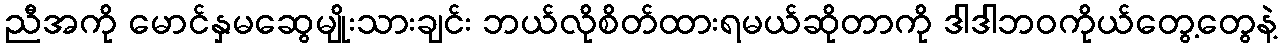
ညီအကို မောင်နှမဆွေမျိုးသားချင်း ဘယ်လိုစိတ်ထားရမယ်ဆိုတာကို ဒါဒါဘဝကိုယ်တွေ့တွေနဲ့